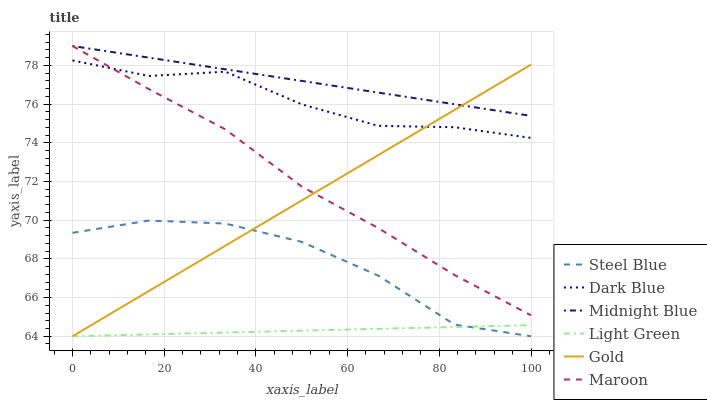
| xaxis_label | Steel Blue | Dark Blue | Midnight Blue | Light Green | Gold | Maroon |
 | --- | --- | --- | --- | --- | --- | --- |
 | 0 | 69.3 | 78.3 | 79 | 64 | 64 | 79 |
 | 16.7 | 70 | 77.5 | 78.4 | 64.1 | 66.3 | 76.8 |
 | 33.3 | 69.8 | 77.7 | 77.8 | 64.2 | 68.7 | 74.7 |
 | 50 | 68.9 | 76 | 77.2 | 64.3 | 71 | 71.7 |
 | 66.7 | 67.1 | 74.9 | 76.6 | 64.4 | 73.4 | 69.6 |
 | 83.3 | 64.6 | 74.8 | 76 | 64.5 | 75.7 | 67.2 |
 | 100 | 64 | 74.3 | 75.4 | 64.6 | 78 | 65.1 |